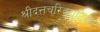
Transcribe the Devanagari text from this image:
श्रीदत्तचरित्रगुटिका